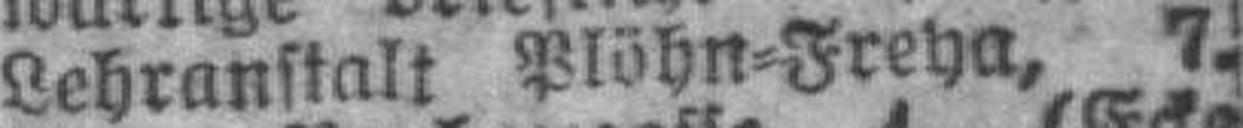
Lehranstalt Plöhn=Freha, 7.